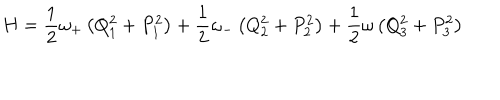
H = \frac { 1 } { 2 } \omega _ { + } \left( Q _ { 1 } ^ { 2 } + P _ { 1 } ^ { 2 } \right) + \frac { 1 } { 2 } \omega _ { - } \left( Q _ { 2 } ^ { 2 } + P _ { 2 } ^ { 2 } \right) + \frac { 1 } { 2 } \omega \left( Q _ { 3 } ^ { 2 } + P _ { 3 } ^ { 2 } \right)